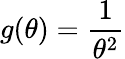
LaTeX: g(\theta)={\frac{1}{\theta^{2}}}